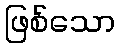
ဖြစ်သော